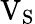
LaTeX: {\mathrm{V_{S}}}